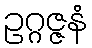
ဥဂ္ဂဇ္ဇနံ